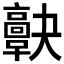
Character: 𩫠